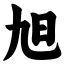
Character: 旭